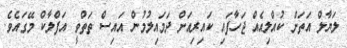
ލަޔާލް އަތަށް ކުއްލިއެއް ޖަހާފައި ކައިރިއަށް ދަމައިލުމުން އައިސް ތަތްވީ އަފްލާކް މޭގައެވެ.